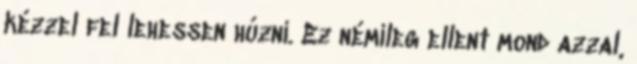
kézzel fel lehessen húzni. Ez némileg ellent mond azzal,